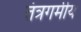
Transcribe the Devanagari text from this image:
तंत्रगमीय